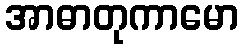
အာဓာတုကာမော